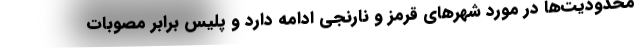
محدودیت‌ها در مورد شهرهای قرمز و نارنجی ادامه دارد و پلیس برابر مصوبات